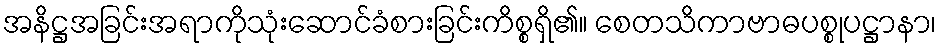
အနိဋ္ဌအခြင်းအရာကိုသုံးဆောင်ခံစားခြင်းကိစ္စရှိ၏။ စေတသိကာဗာဓပစ္စုပဋ္ဌာနာ၊